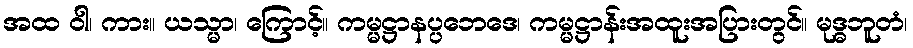
အထ ဝါ၊ ကား။ ယသ္မာ၊ ကြောင့်။ ကမ္မဋ္ဌာနပ္ပဘေဒေ၊ ကမ္မဋ္ဌာန်းအထူးအပြားတွင်။ မုဒ္ဓဘူတံ၊